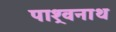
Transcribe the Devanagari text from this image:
पाश्र्वनाथ